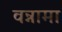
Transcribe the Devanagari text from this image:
वन्नामा